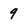
Character: 9